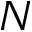
N